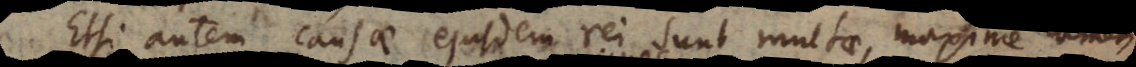
Etsi autem causae ejusdem rei sunt multae, maxime tamen